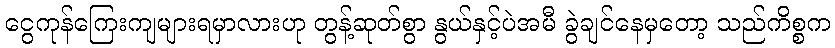
ငွေကုန်ကြေးကျများရမှာလားဟု တွန့်ဆုတ်စွာ နွယ်နှင့်ပဲအမီ ခွဲချင်နေမှတော့ သည်ကိစ္စက